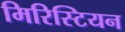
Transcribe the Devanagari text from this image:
मिरिस्टियन